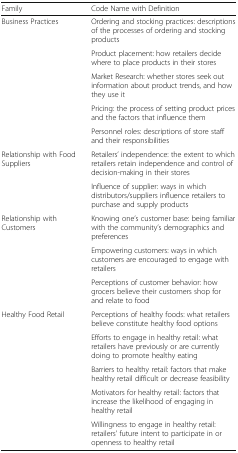
<table><thead><tr><td><b>Family</b></td><td><b>Code Name with Definition</b></td></tr></thead><tbody><tr><td rowspan="5">Business Practices</td><td>Ordering and stocking practices: descriptions of the processes of ordering and stocking products</td></tr><tr><td>Product placement: how retailers decide where to place products in their stores</td></tr><tr><td>Market Research: whether stores seek out information about product trends, and how they use it</td></tr><tr><td>Pricing: the process of setting product prices and the factors that influence them</td></tr><tr><td>Personnel roles: descriptions of store staff and their responsibilities</td></tr><tr><td rowspan="2">Relationship with Food Suppliers</td><td>Retailers’ independence: the extent to which retailers retain independence and control of decision-making in their stores</td></tr><tr><td>Influence of supplier: ways in which distributors/suppliers influence retailers to purchase and supply products</td></tr><tr><td rowspan="3">Relationship with Customers</td><td>Knowing one’s customer base: being familiar with the community’s demographics and preferences</td></tr><tr><td>Empowering customers: ways in which customers are encouraged to engage with retailers</td></tr><tr><td>Perceptions of customer behavior: how grocers believe their customers shop for and relate to food</td></tr><tr><td rowspan="5">Healthy Food Retail</td><td>Perceptions of healthy foods: what retailers believe constitute healthy food options</td></tr><tr><td>Efforts to engage in healthy retail: what retailers have previously or are currently doing to promote healthy eating</td></tr><tr><td>Barriers to healthy retail: factors that make healthy retail difficult or decrease feasibility</td></tr><tr><td>Motivators for healthy retail: factors that increase the likelihood of engaging in healthy retail</td></tr><tr><td>Willingness to engage in healthy retail: retailers’ future intent to participate in or openness to healthy retail</td></tr></tbody></table>